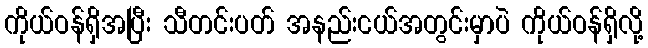
ကိုယ်ဝန်ရှိအပြီး သီတင်းပတ် အနည်းငယ်အတွင်းမှာပဲ ကိုယ်ဝန်ရှိလို့